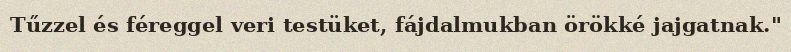
Tűzzel és féreggel veri testüket, fájdalmukban örökké jajgatnak."